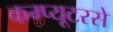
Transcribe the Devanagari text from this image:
कम्प्यूटरसे